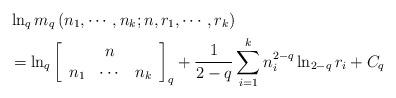
LaTeX: \begin{align*}& \ln_{q}m_{q}\left( n_{1},\cdots,n_{k};n,r_{1},\cdots,r_{k}\right)\\& =\ln_{q}\left[\begin{array}[c]{ccc}& n & \\n_{1} & \cdots & n_{k}\end{array}\right] _{q}+\frac{1}{2-q}\sum_{i=1}^{k}n_{i}^{2-q}\ln_{2-q}r_{i}+C_{q}\end{align*}